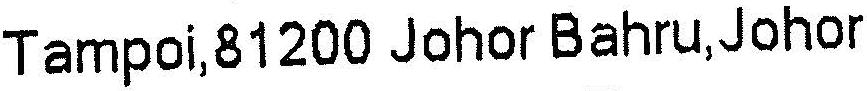
TAMPOI,81200 JOHOR BAHRU,JOHOR